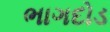
ભાગદોડ